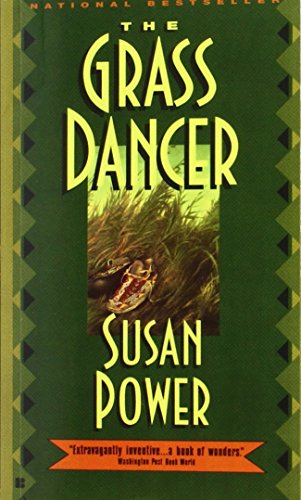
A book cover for The Grass Dancer; Susan Power; Literature & Fiction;